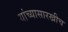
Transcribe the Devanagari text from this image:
यांच्यासारखीच